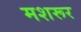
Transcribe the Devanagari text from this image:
मशरूर